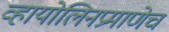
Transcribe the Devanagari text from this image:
व्हायोलिनप्रमाणेच